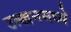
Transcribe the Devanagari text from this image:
उत्खनमध्ये